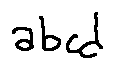
a b c d